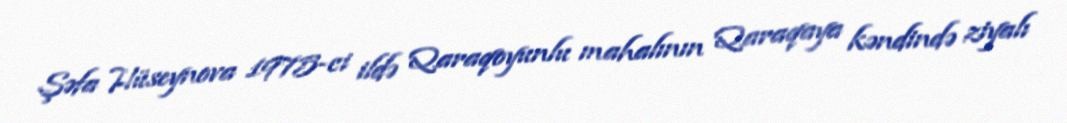
Şəfa Hüseynova 1975-ci ildə Qaraqoyunlu mahalının Qaraqaya kəndində ziyalı